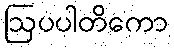
ဩပပါတိကော